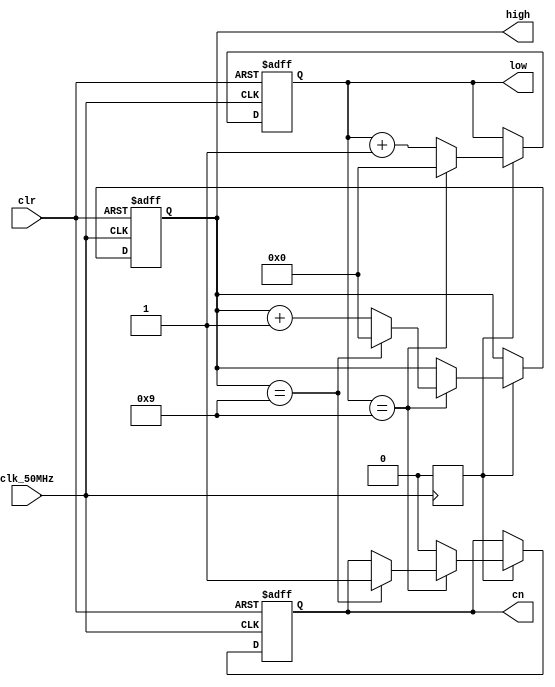
module freq_bcd ( high, low, cn, clr, clk_50MHz );
output [3:0] high, low;    // high: 4
                                          // low  : 4
output          cn;               // 4
input            clr, clk_50MHz;
reg       [3:0] high, low;
reg                cn;
reg                clk_1Hz_en;
reg    [22:0]  count;
parameter    count_width = 49_999_999;
always @ ( posedge clk_50MHz ) begin
      if ( clr ) begin
           count   <= 23'h00_0000;
      end
      else if ( count == count_width ) begin 
           count   <= 23'h00_0000;
      end
      else begin
           count   <= count + 23'h00_0001;
      end
end
always @ ( posedge clk_50MHz ) begin
      if ( clr ) begin
           clk_1Hz_en  <= 1'b0;
      end
      else if ( count == count_width ) begin 
           clk_1Hz_en   <= 1'b1;
      end
      else begin
           clk_1Hz_en   <= 1'b0;
      end
end
always @ ( posedge clk_50MHz or posedge clr ) begin 
      if ( clr ) begin
           cn            <= 0; 
           high[3:0] <= 0;
           low[3:0]  <= 0;
      end
      else if ( clk_1Hz_en ) begin 
            if ( low[3:0]==9 ) begin                     
	          low[3:0] <= 0;
                 if ( high[3:0] == 9 ) begin
                      high[3:0] <= 0; 
                      cn             <= 1;  
                 end
                 else begin
                      high[3:0] <= high[3:0] + 1;
                 end
            end
            else begin
	           low[3:0]<=low[3:0]+1;cn<=0;
	      end
      end                        
end   	  
endmodule